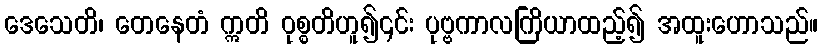
ဒေသေတိ၊ တေနေတံ ဣတိ ဝုစ္စတိဟူ၍၎င်း ပုဗ္ဗကာလကြိယာထည့်၍ အထူးဟောသည်။